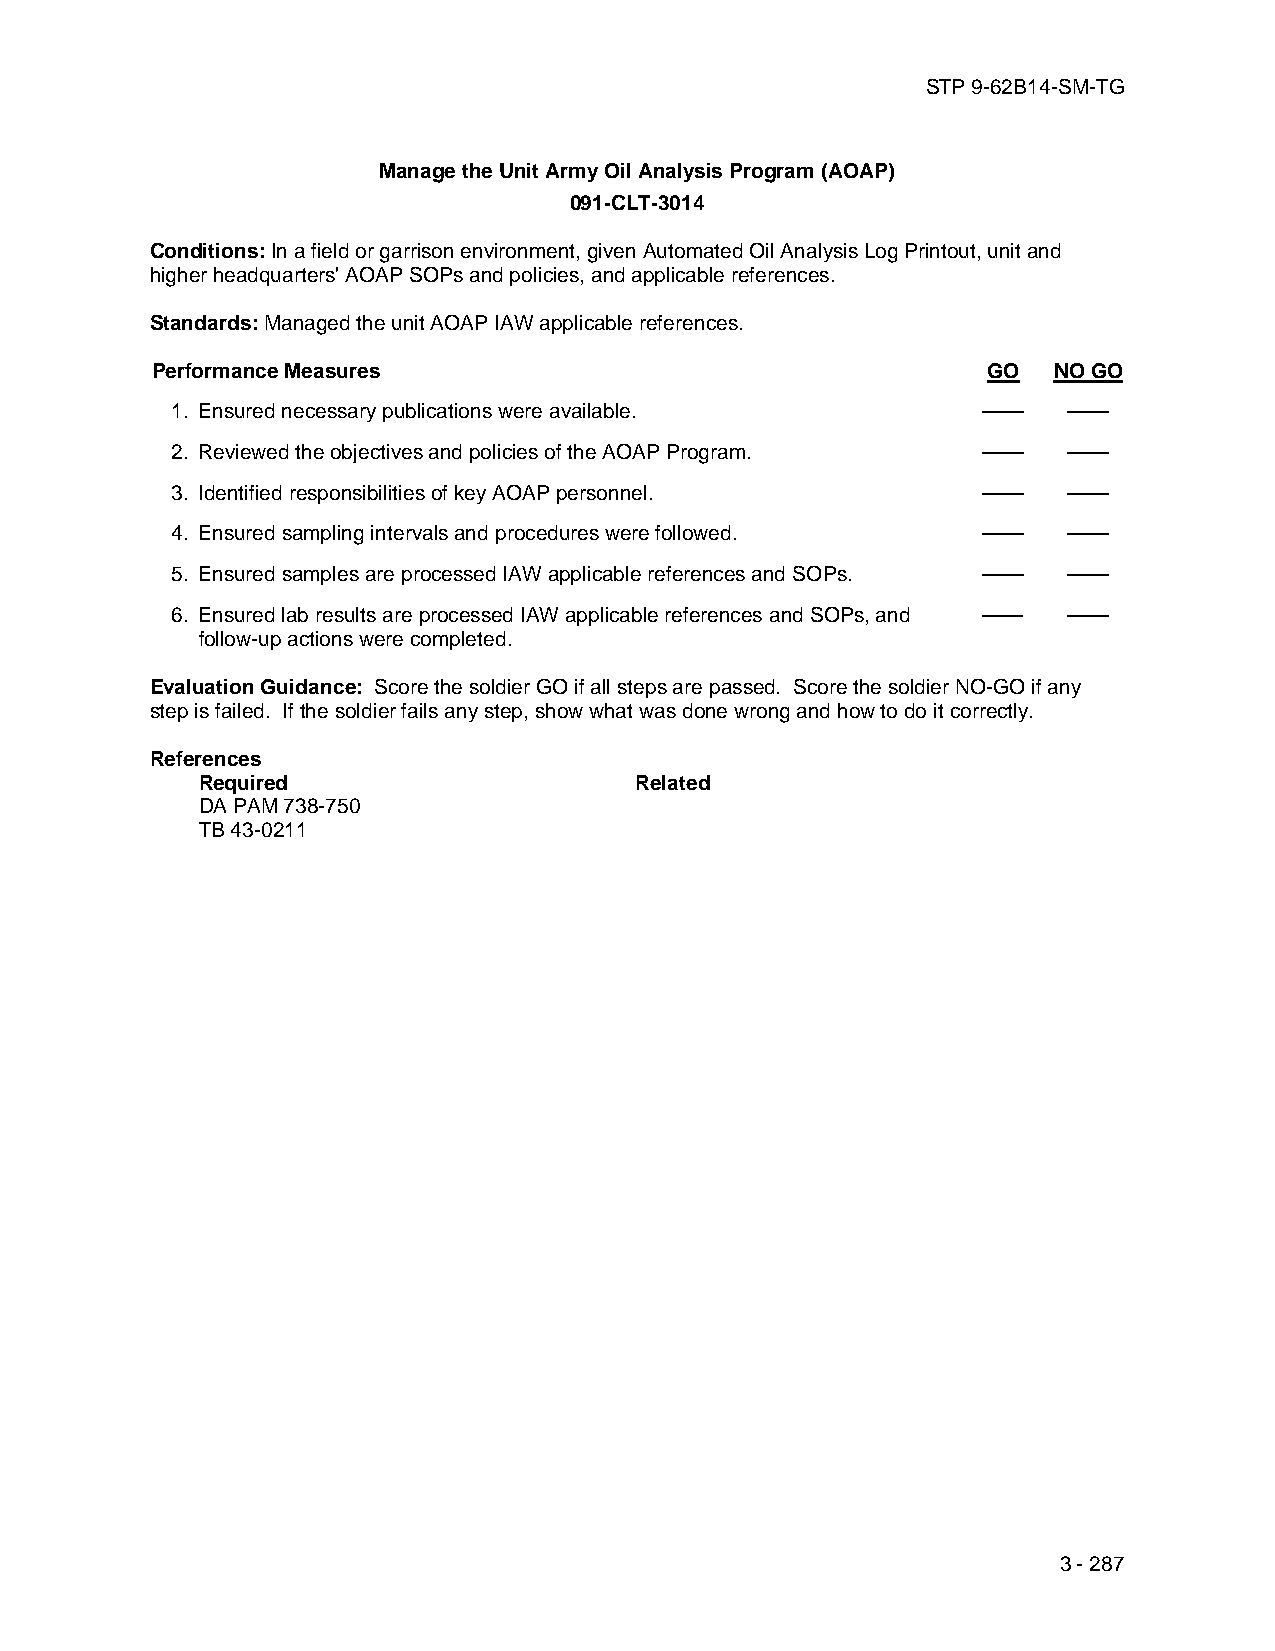
STP 9-62B14-SM-TG
 Manage the Unit Army Oil Analysis Program (AOAP)
 091-CLT-3014
 Conditions: In a field or garrison environment, given Automated Oil Analysis Log Printout, unit and
 higher headquarters' AOAP SOPs and policies, and applicable references.
 Standards: Managed the unit AOAP IAW applicable references.
 Performance Measures                                   GO   NO GO
 1. Ensured necessary publications were available.     ——    ——
 2. Reviewed the objectives and policies of the AOAP Program. —— ——
 3. Identified responsibilities of key AOAP personnel. ——    ——
 4. Ensured sampling intervals and procedures were followed. —— ——
 5. Ensured samples are processed IAW applicable references and SOPs. —— ——
 6. Ensured lab results are processed IAW applicable references and SOPs, and —— ——
 follow-up actions were completed.
 Evaluation Guidance: Score the soldier GO if all steps are passed. Score the soldier NO-GO if any
 step is failed. If the soldier fails any step, show what was done wrong and how to do it correctly.
 References
 Required                     Related
 DA PAM 738-750
 TB 43-0211
 3 - 287